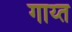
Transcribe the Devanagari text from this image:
गाय्त